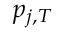
p _ { j , T }